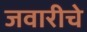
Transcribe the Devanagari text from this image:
जवारीचे